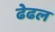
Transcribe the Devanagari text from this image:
ढेढल